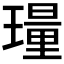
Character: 𬎎